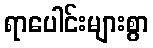
ရာပေါင်းများစွာ